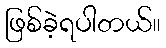
ဖြစ်ခဲ့ရပါတယ်။